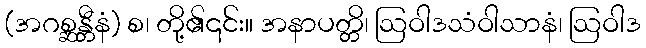
(အဂစ္ဆန္တီနံ) စ၊ တို့၏၎င်း။ အနာပတ္တိ၊ ဩဝါဒသံဝါသာနံ၊ ဩဝါဒ